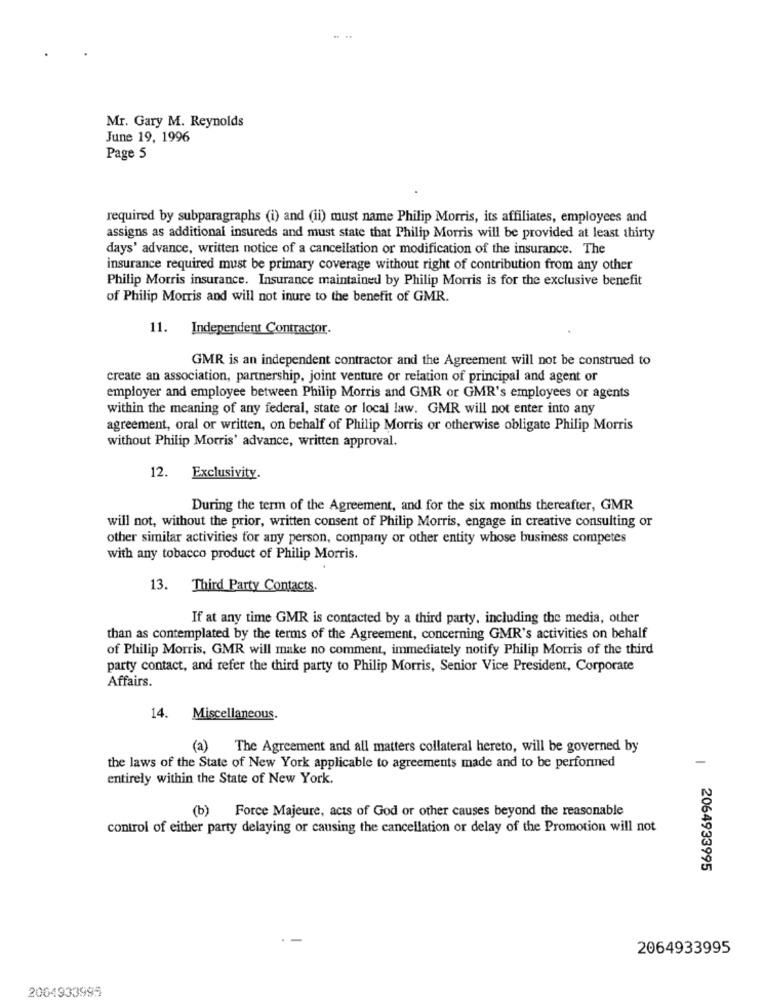
Mr. Gary M. Reynolds
June 19, 1996
Page 5
required by subparagraphs (i) and (ii) must name Philip Morris, its affiliates, employees and
assigns as additional insureds and must state that Philip Morris will be provided at least thirty
days' advance, written notice of a cancellation or modification of the insurance. The
insurance required must be primary coverage without right of contribution from any other
Philip Morris insurance. Insurance maintained by Philip Morris is for the exclusive benefit
of Philip Morris and will not inure to the benefit of GMR.
11. Independent Contractor.
GMR is an independent contractor and the Agreement will not be construed to
create an association, partnership, joint venture or relation of principal and agent or
employer and employee between Philip Morris and GMR or GMR's employees or agents
within the meaning of any federal, state or local law. GMR will not enter into any
agreement, oral or written, on behalf of Philip Morris or otherwise obligate Philip Morris
without Philip Morris' advance, written approval.
12.
Exclusivity.
During the term of the Agreement, and for the six months thereafter, GMR
will not, without the prior, written consent of Philip Morris, engage in creative consulting or
other similar activities for any person, company or other entity whose business competes
with any tobacco product of Philip Morris.
13.
Third Party Contacts.
If at any time GMR is contacted by a third party, including the media, other
than as contemplated by the terms of the Agreement, concerning GMR's activities on behalf
of Philip Morris, GMR will make no comment, immediately notify Philip Morris of the third
party contact, and refer the third party to Philip Morris, Senior Vice President, Corporate
Affairs.
14. Miscellaneous.
(a) The Agreement and all matters collateral hereto, will be governed by
the laws of the State of New York applicable to agreements made and to be performed
entirely within the State of New York.
(b) Force Majeure, acts of God or other causes beyond the reasonable
control of either party delaying or causing the cancellation or delay of the Promotion will not
2064933995
2064933995
2004933995